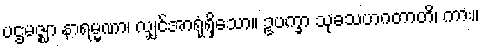
ပဌမဇ္ဈာ နာရမ္မဏာ၊ လျှင်အာရုံရှိသော။ ဥပက္ခာ သုခသဟဂတာတိ၊ ကား။